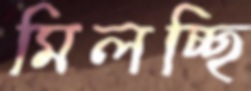
মিলচ্ছি